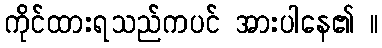
ကိုင်ထားရသည်ကပင် အားပါနေ၏ ။